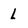
Character: l